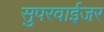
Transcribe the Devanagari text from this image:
सुपरवाईजर